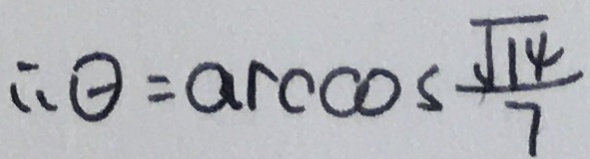
\therefore \theta = \arccos \frac { \sqrt { 1 4 } } { 7 }